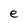
Character: e